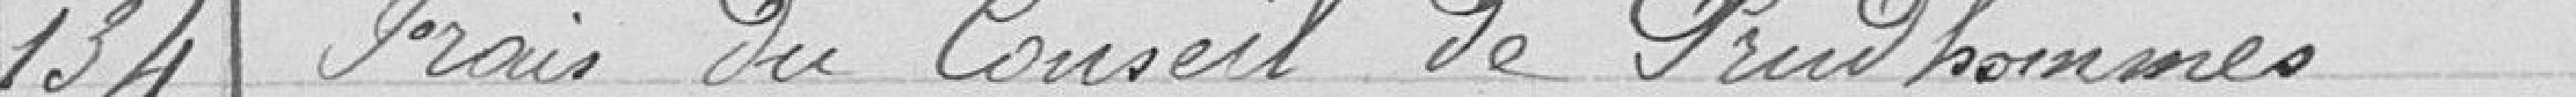
134 Frais du Conseil de Prud'hommes